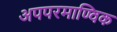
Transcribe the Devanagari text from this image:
अपपरमाण्विक